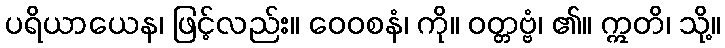
ပရိယာယေန၊ ဖြင့်လည်း။ ဝေဝစနံ၊ ကို။ ဝတ္တဗ္ဗံ၊ ၏။ ဣတိ၊ သို့။